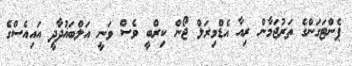
ޕެންޓަގަންގެ ތަރުޖަމާން ރިއާ އެޑްމިރަލް ޖޯން ކިރްބީ ވެސް ވަނީ އަލްބަޣުދާދީ އައިއެސްގެ